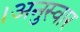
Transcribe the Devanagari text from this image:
।अनुस्वार